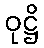
ဝုဋ္ဌိ